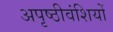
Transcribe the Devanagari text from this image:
अपृष्ठीवंशियों